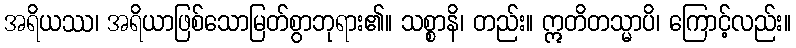
အရိယဿ၊ အရိယာဖြစ်သောမြတ်စွာဘုရား၏။ သစ္စာနိ၊ တည်း။ ဣတိတသ္မာပိ၊ ကြောင့်လည်း။